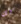
كل